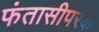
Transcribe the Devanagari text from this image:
फंतासीपरक